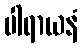
ပါရာယနံ